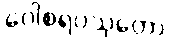
ဂေါစရပသုတော